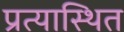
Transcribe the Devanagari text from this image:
प्रत्यास्थित